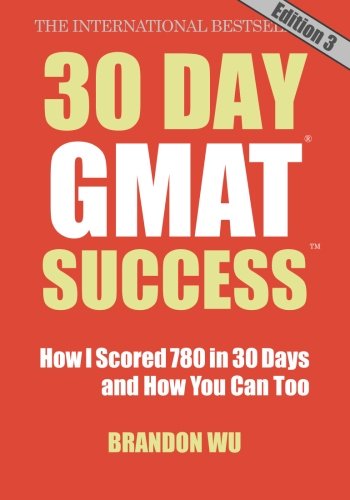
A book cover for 30 Day GMAT Success, Edition 3: How I Scored 780 on the GMAT in 30 Days and How You Can Too!; Brandon Wu; Test Preparation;